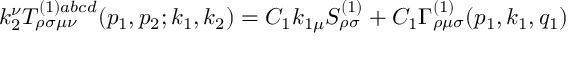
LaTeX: k _ { 2 } ^ { \nu } T _ { \rho \sigma \mu \nu } ^ { ( 1 ) a b c d } ( p _ { 1 } , p _ { 2 } ; k _ { 1 } , k _ { 2 } ) = C _ { 1 } k _ { 1 \mu } S _ { \rho \sigma } ^ { ( 1 ) } + C _ { 1 } \Gamma _ { \rho \mu \sigma } ^ { ( 1 ) } ( p _ { 1 } , k _ { 1 } , q _ { 1 } )